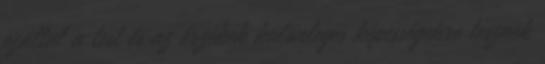
ezáltal a test és az érzékek különleges képességekre tesznek